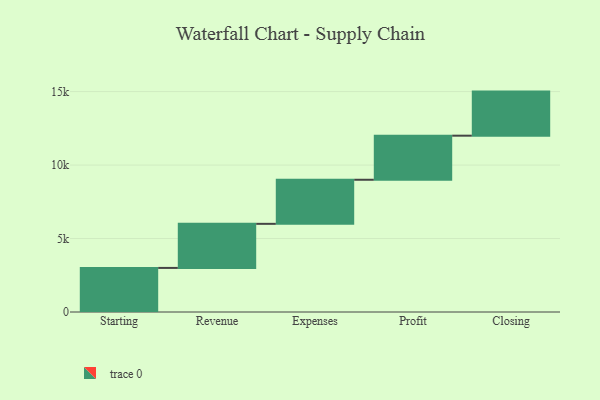
{"axis": {"x": "Step", "y": "Value"}, "legend": [""], "data": [{"x": "Starting", "y": 3000, "type": ""}, {"x": "Revenue", "y": 3000, "type": ""}, {"x": "Expenses", "y": 3000, "type": ""}, {"x": "Profit", "y": 3000, "type": ""}, {"x": "Closing", "y": 3000, "type": ""}]}